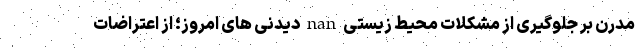
مدرن بر جلوگیری از مشکلات محیط زیستی nan دیدنی های امروز؛ از اعتراضات